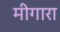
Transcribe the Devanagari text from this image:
मीगारा